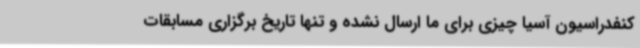
کنفدراسیون آسیا چیزی برای ما ارسال نشده و تنها تاریخ برگزاری مسابقات